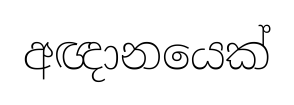
අඥානයෙක්